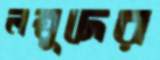
লম্বুদের